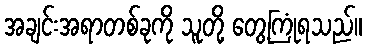
အချင်းအရာတစ်ခုကို သူတို့ တွေ့ကြုံရသည်။